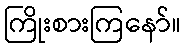
ကြိုးစားကြနော်။